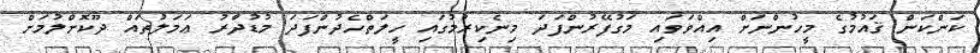
ކަންކަން ޤައުމުގެ މީހުންނަށް އިއްވަވައި މަގުފޭރުންފަދަ މިނެކިރުމުގައި ހީލަތްހެދުންފަދަ މުޑުދާރު ޢަމަލުތައް ދޫކޮށްލުމަށް